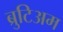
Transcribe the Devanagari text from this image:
ब्रुटिअम